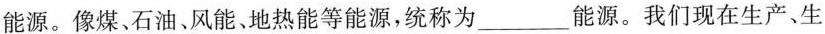
能源。像煤、石油、风能、地热能等能源，统称为___能源。我们现在生产、生